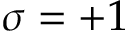
\sigma = + 1